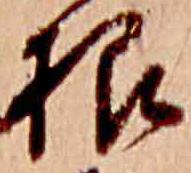
根